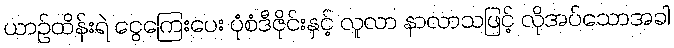
ယာဉ်ထိန်းရဲ ငွေကြေးပေး ပုံစံဒီဇိုင်းနှင့် လူလာ နာလာသဖြင့် လိုအပ်သောအခါ